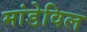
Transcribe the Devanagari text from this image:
मांडेविल